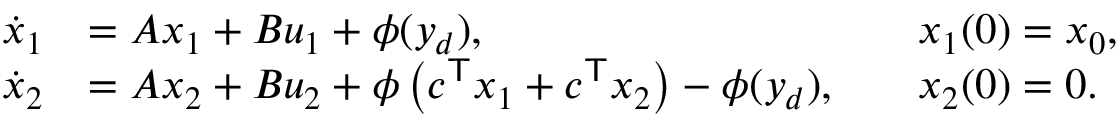
{ \begin{array} { r l r l } { { \dot { x } } _ { 1 } } & { = A x _ { 1 } + B u _ { 1 } + \phi ( y _ { d } ) , } & & { x _ { 1 } ( 0 ) = x _ { 0 } , } \\ { { \dot { x } } _ { 2 } } & { = A x _ { 2 } + B u _ { 2 } + \phi \left( c ^ { \mathsf { T } } x _ { 1 } + c ^ { \mathsf { T } } x _ { 2 } \right) - \phi ( y _ { d } ) , } & & { x _ { 2 } ( 0 ) = 0 . } \end{array} }